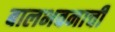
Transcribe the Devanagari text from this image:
बालभवनाची